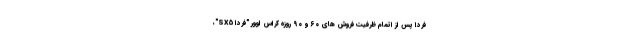
فردا پس از اتمام ظرفیت فروش های ۶۰ و ۹۰ روزه کراس اوور "فردا SX5"،